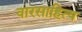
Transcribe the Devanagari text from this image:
वारसाहित्य